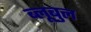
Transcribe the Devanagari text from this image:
ब्लूबुल